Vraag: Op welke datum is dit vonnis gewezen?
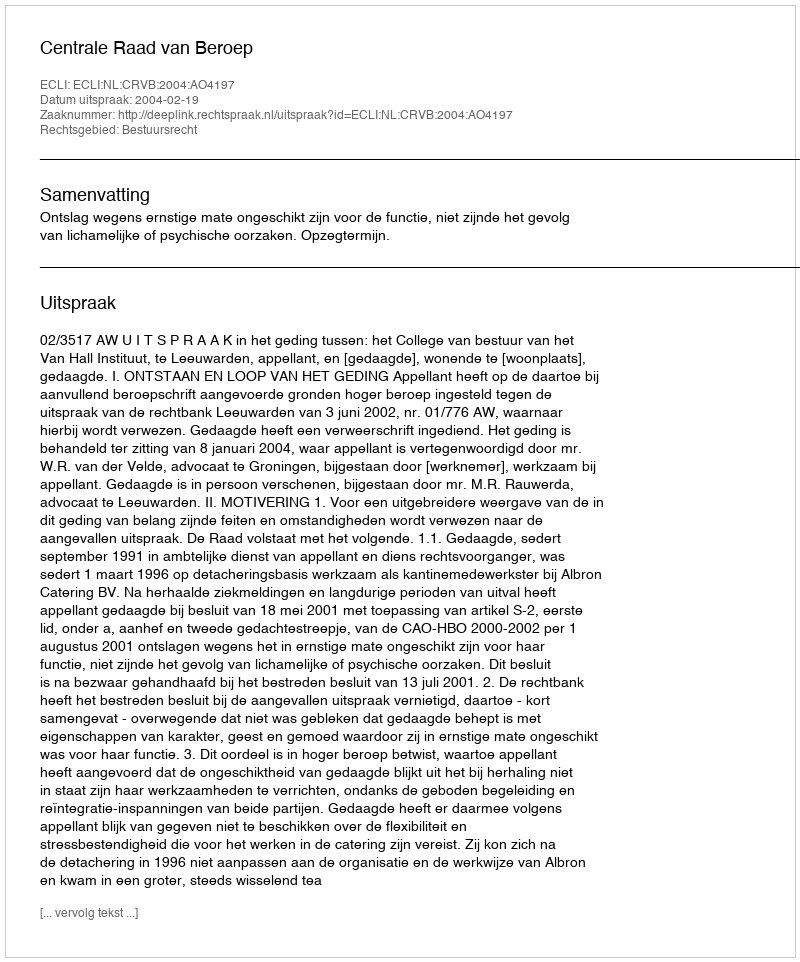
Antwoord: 2004-02-19